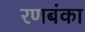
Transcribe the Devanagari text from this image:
रणबंका